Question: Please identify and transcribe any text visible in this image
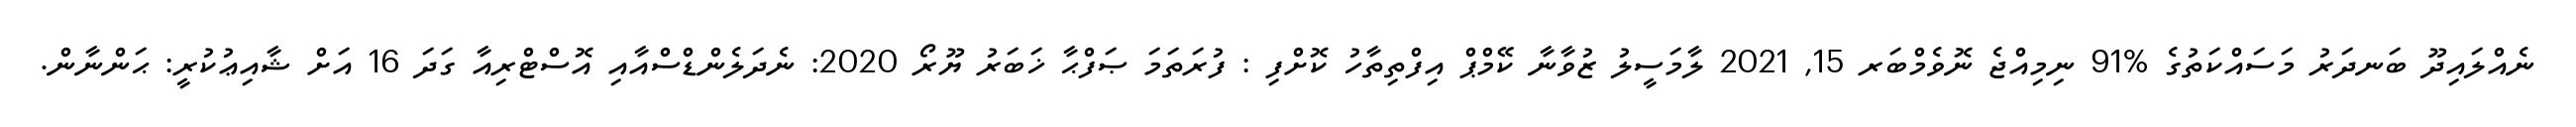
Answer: ނެއްލައިދޫ ބަނދަރު މަސައްކަތުގެ %91 ނިމިއްޖެ ނޮވެމްބަރ 15, 2021 ލާމަސީލު ޒުވާނާ ކޭމްޕް އިފްތިތާހު ކޮށްފި : ފުރަތަމަ ޞަފްޙާ ޚަބަރު ޔޫރޯ 2020: ނެދަލެންޑްސްއާއި އޮސްޓްރިއާ ގަދަ 16 އަށް ޝާއިޢުކުރީ: ޙަންނާން.